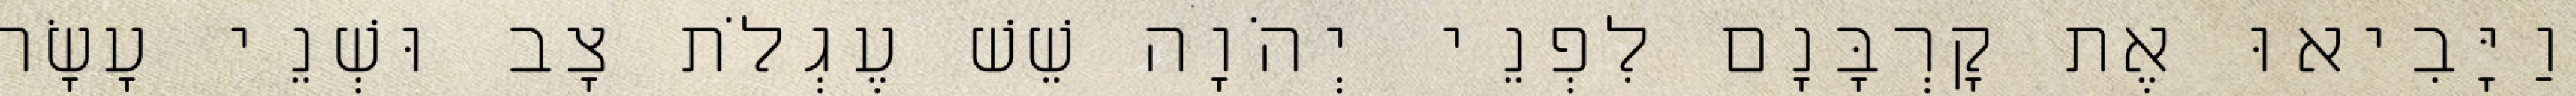
וַיָּבִיאוּ אֶת קָרְבָּנָם לִפְנֵי יְהֹוָה שֵׁשׁ עֶגְלֹת צָב וּשְׁנֵי עָשָׂר